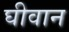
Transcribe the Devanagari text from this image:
घीवान